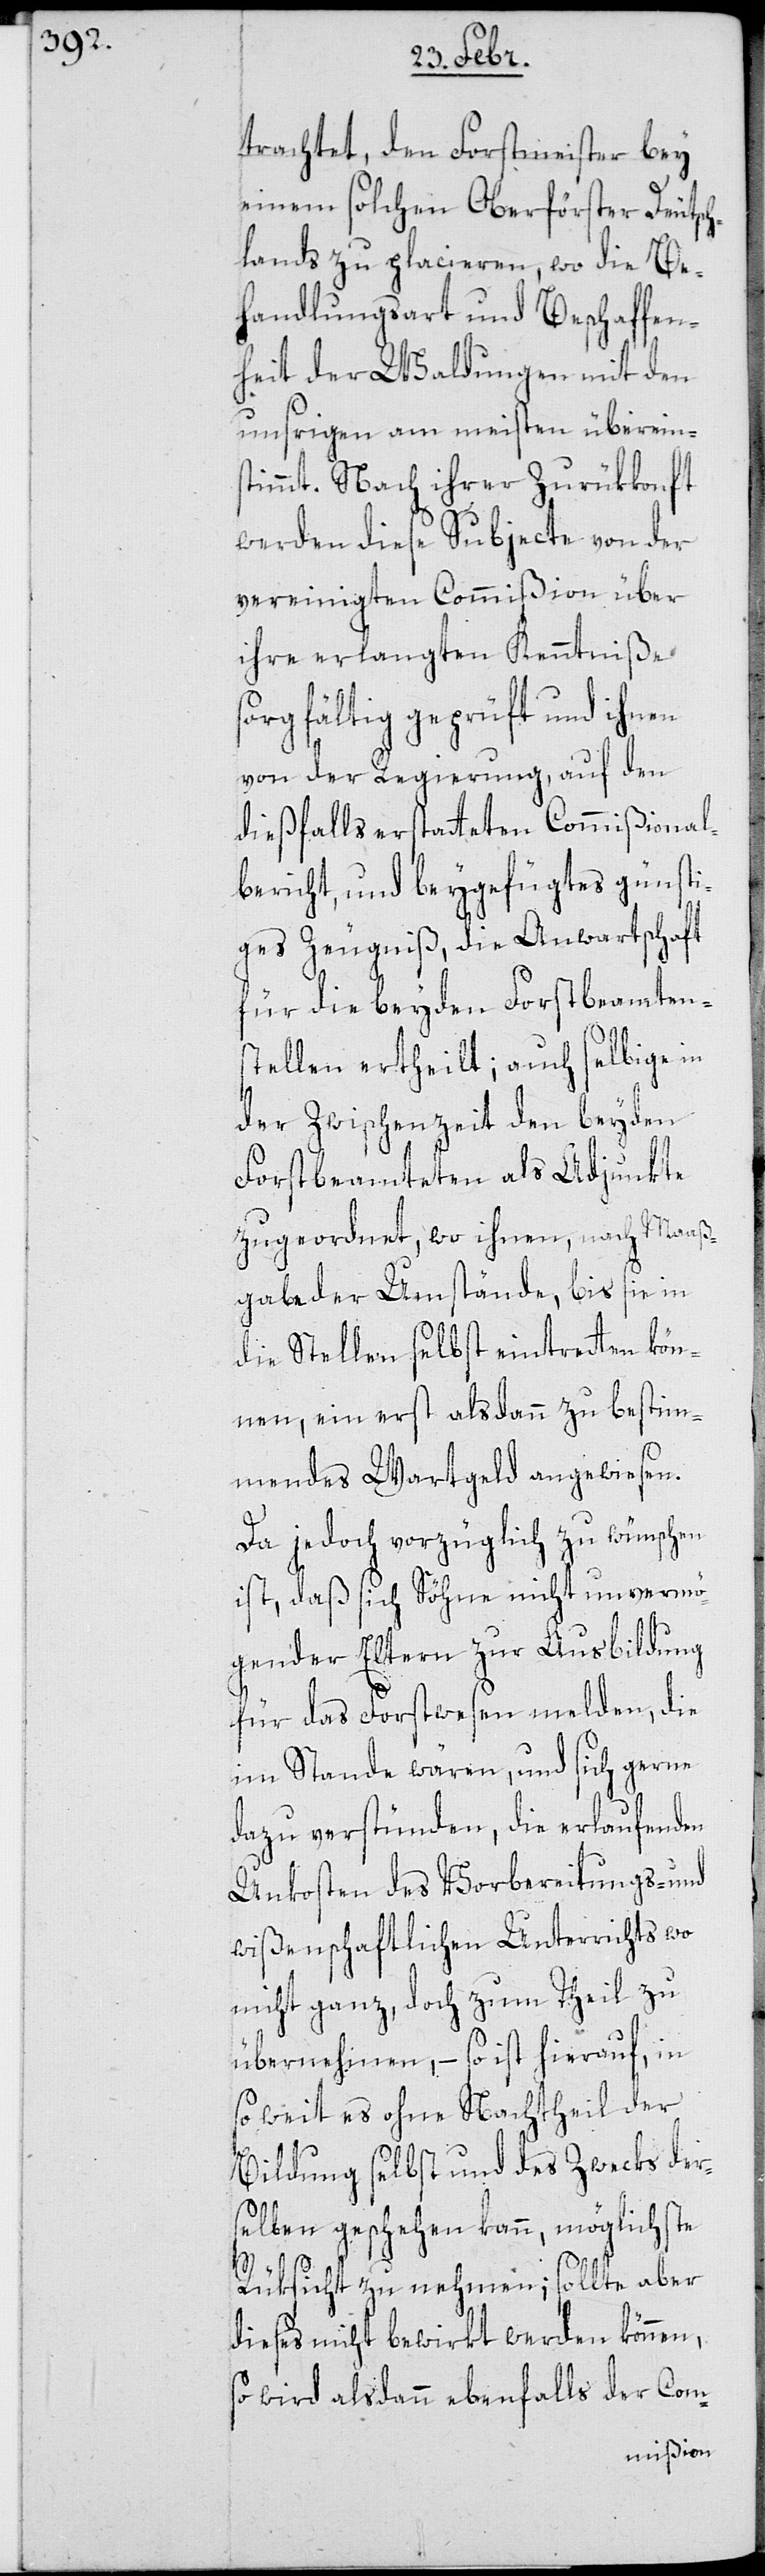
trachtet, den Forstmeister bey
einem solchen Oberförster Deutsch¬
lands zu placieren, wo die Be¬
handlungsart und Beschaffen¬
heit der Waldungen mit den
unsrigen am meisten übereins¬
timmt. Nach ihrer Zurükkonft
werden diese Subjecte von der
vereinigten Commißion über
ihre erlangten Kenntniße s¬
orgfältig geprüft und ihnen
von der Regierung, auf den
dießfalls erstatteten Commißional¬
bericht, und beygefügtes günsti¬
ges Zeugniß, die Anwartschaft
für die beyden Forstbeamten¬
stellen ertheilt; auch selbige in
der Zwischenzeit den beyden
Forstbeamteten als Adjunkte
zugeordnet, wo ihnen, nach Maaß¬
gabe der Umstände, bis sie in
die Stellen selbst eintreten kön¬
nen, ein erst alsdann zu bestim¬
mendes Wartgeld angewiesen.
Da jedoch vorzüglich zu wünschen
ist, daß sich Söhne nicht unvermö¬
gender Eltern zur Ausbildung
für das Forstwesen melden, die
im Stande wären, und sich gerne
dazu verstünden, die erlaufenden
Unkosten des Vorbereitungs- und
wißenschaftlichen Unterrichts wo
nicht ganz, doch zum Theil zu
übernehmen, – so ist hierauf, in
so weit es ohne Nachtheil der
Bildung selbst und des Zwecks der¬
selben geschehen kann, möglichste
Rüksicht zu nehmen; sollte aber
dieses nicht bewirkt werden können,
so wird alsdann ebenfalls der Com-